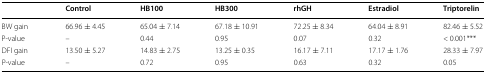
|  | Control | HB100 | HB300 | rhGH | Estradiol | Triptorelin |
 | --- | --- | --- | --- | --- | --- | --- |
 | BW gain | 66.96 ± 4.45 | 65.04 ± 7.14 | 67.18 ± 10.91 | 72.25 ± 8.34 | 64.04 ± 8.91 | 82.46 ± 5.52 |
 | P-value | – | 0.44 | 0.95 | 0.07 | 0.32 | < 0.001*** |
 | DFI gain | 13.50 ± 5.27 | 14.83 ± 2.75 | 13.25 ± 0.35 | 16.17 ± 7.11 | 17.17 ± 1.76 | 28.33 ± 7.97 |
 | P-value | – | 0.72 | 0.95 | 0.63 | 0.32 | 0.05 |